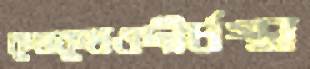
কুমকুমওদীর্ঘস্থা